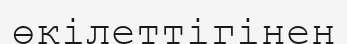
өкілеттігінен